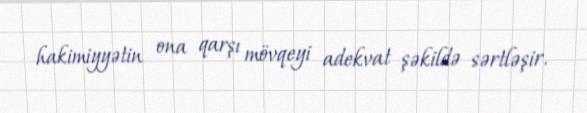
hakimiyyətin ona qarşı mövqeyi adekvat şəkildə sərtləşir.